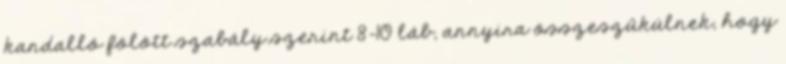
kandalló fölött szabály szerint 8-10 láb, annyira összeszűkülnek, hogy